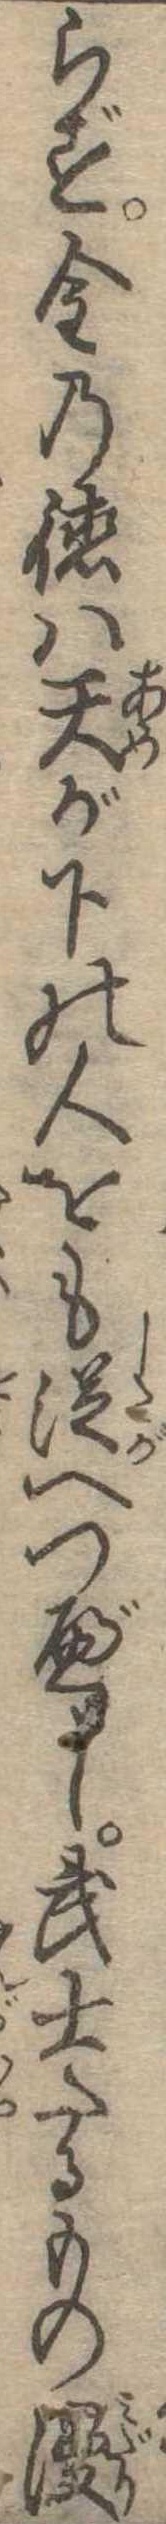
らず金の徳は天が下の人をも従へつべし武士たるもの漫